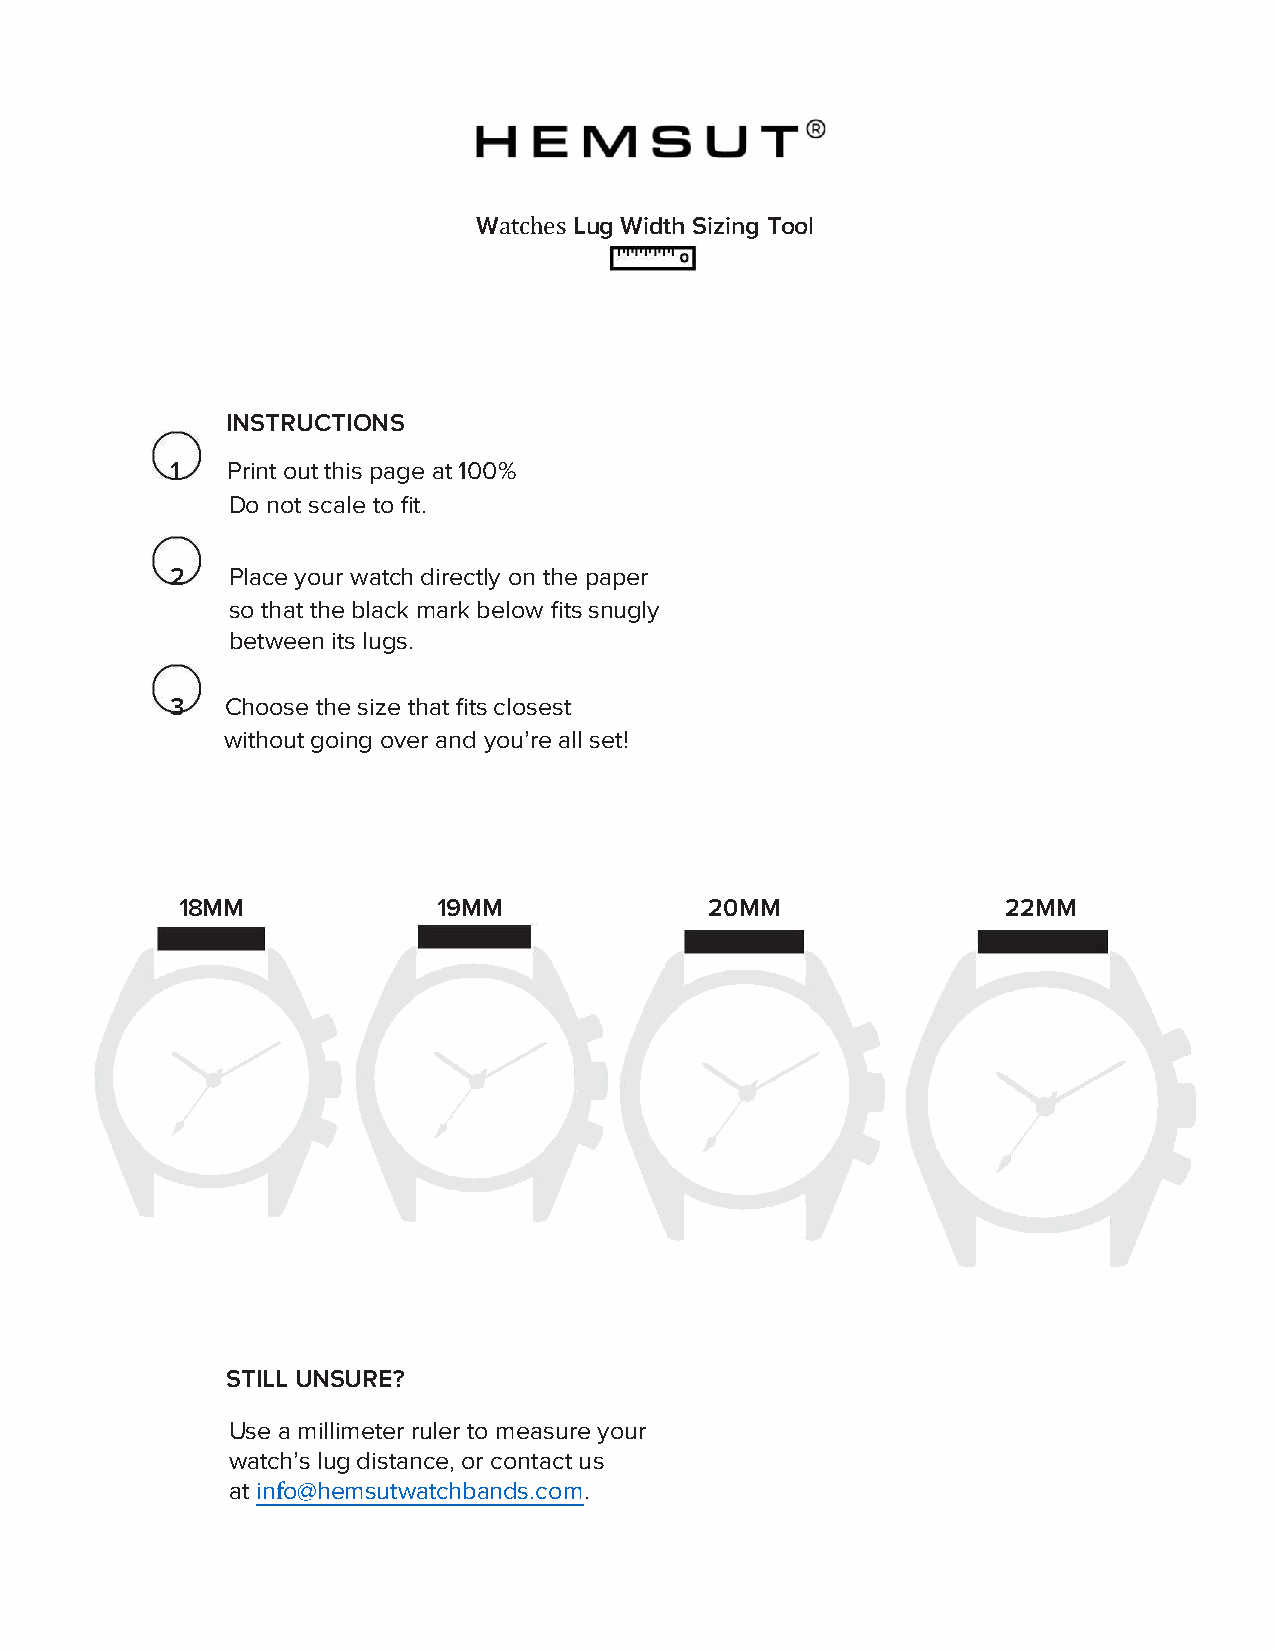
W      Lug Width Sizing Tool
 atches
 INSTRUCTIONS
 1   Print out this page at 100%
 Do not scale to fit.
 2   Place your watch directly on the paper
 so that the black mark below fits snugly
 between its lugs.
 3   Choose the size that fits closest
 without going over and you’re all set!
 18MM             19MM              20MM                22MM
 STILL UNSURE?
 Use a millimeter ruler to measure your
 watch’s lug distance, or contact us
 at info@hemsutwatchbands.com.